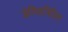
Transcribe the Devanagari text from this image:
डेल्फिनिडिन